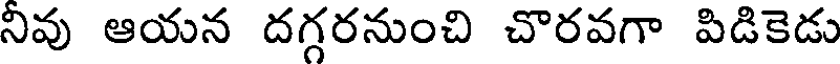
నివు ఆయన దగ్గరనుంచి చొరవగా పిడికెడు